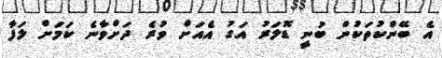
އެ ބޭންކުތަކުން ބުނީ ޑޮލަރު އަގު އެއަށް ވުރެ ދަށްވާނެ ކަމަށް ލަފާ